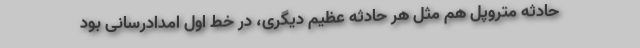
حادثه متروپل هم مثل هر حادثه عظیم دیگری، در خط اول امدادرسانی بود